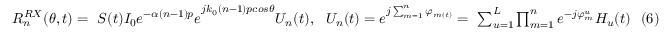
\begin{array} { r } { R _ { n } ^ { R X } ( \theta , t ) = \ S ( t ) { I _ { 0 } e ^ { - \alpha ( n - 1 ) p } e } ^ { j k _ { 0 } ( n - 1 ) p c o s \theta } U _ { n } ( t ) , \ \ { U _ { n } ( t ) = e } ^ { j \sum _ { m = 1 } ^ { n } \varphi _ { m ( t ) } } = \ \sum _ { u = 1 } ^ { L } { \prod _ { m = 1 } ^ { n } e ^ { - j \varphi _ { m } ^ { u } } H _ { u } ( t ) } \ \ ( 6 ) } \end{array}